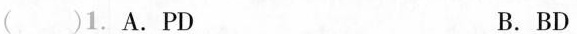
()1. A.PD B. BD